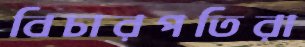
বিচারপতিরা